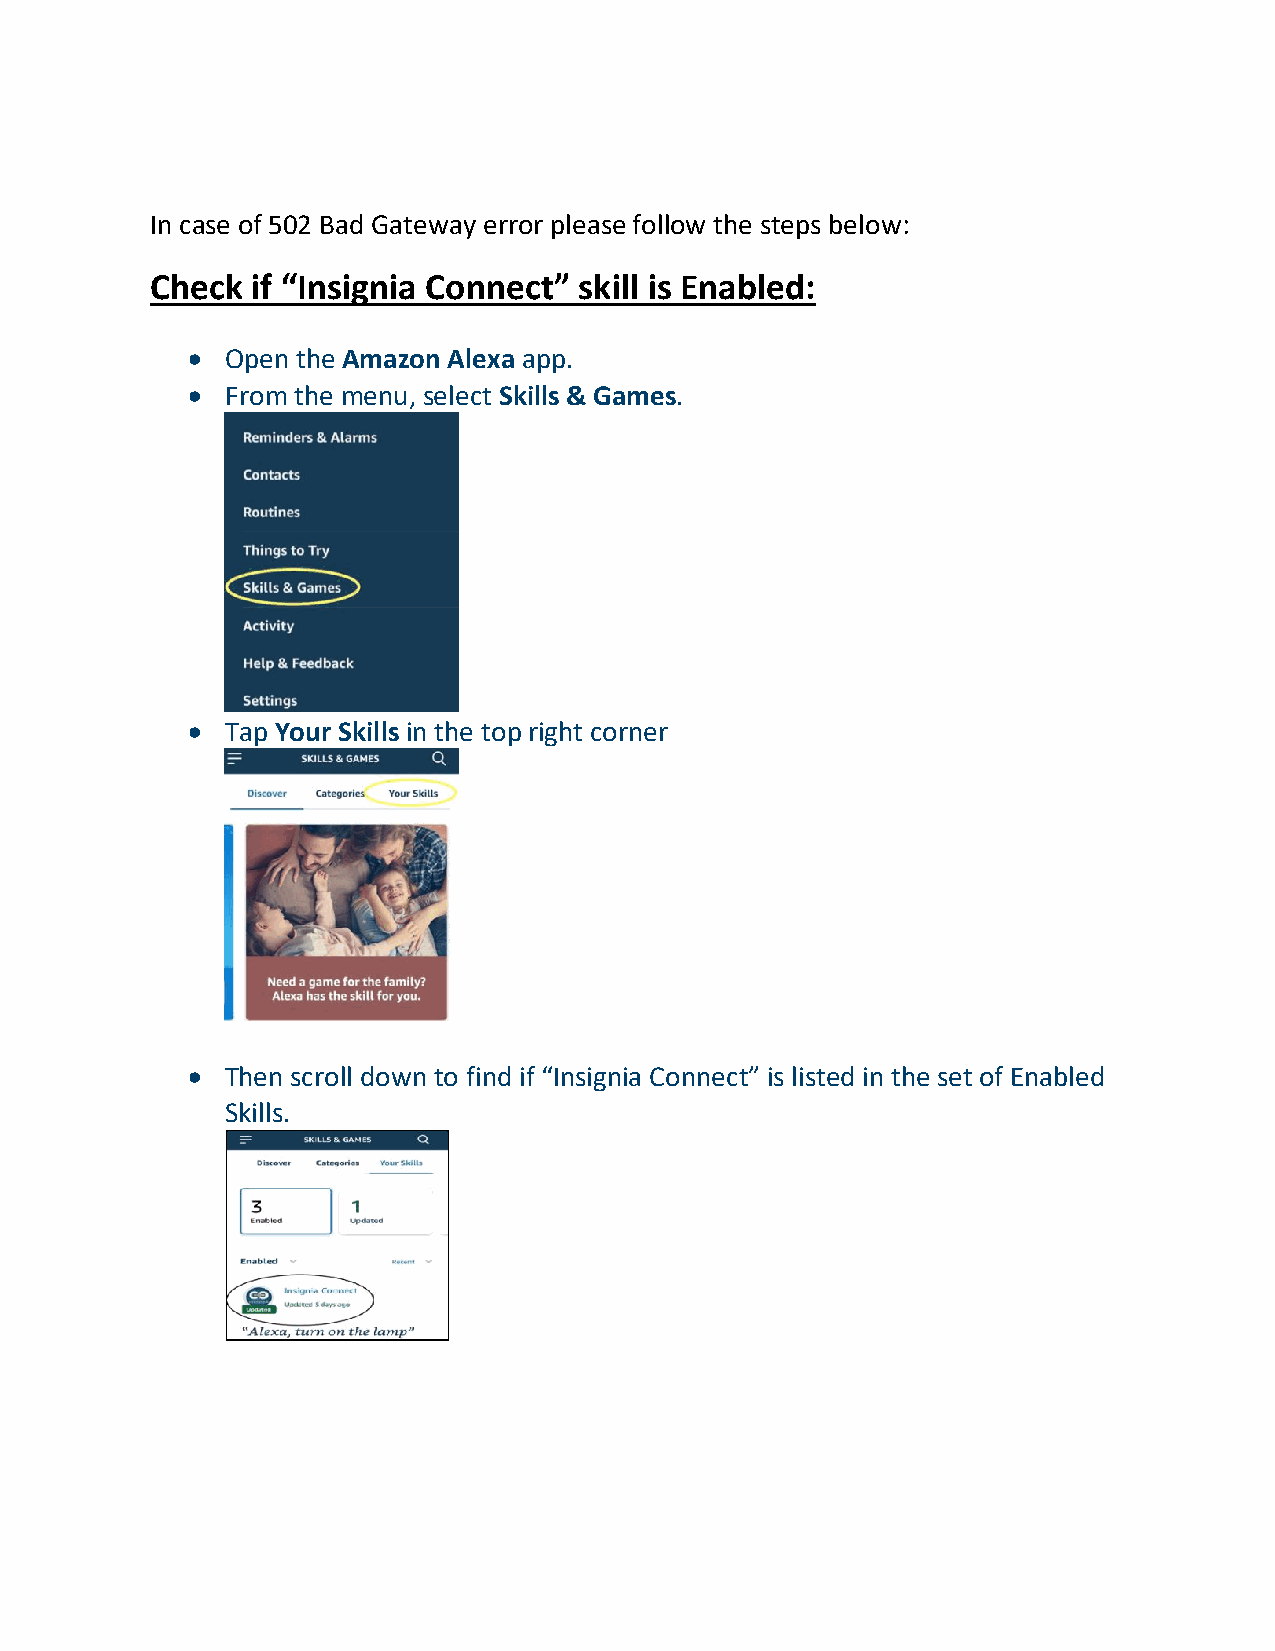
In case of 502 Bad Gateway error please follow the steps below:
 Check  if “Insignia Connect” skill is Enabled:
 •  Open the Amazon Alexa app.
 •  From the menu, select Skills & Games.
 •  Tap Your Skills in the top right corner
 •  Then scroll down to find if “Insignia Connect” is listed in the set of Enabled
 Skills.